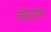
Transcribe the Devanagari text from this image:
लोरेनचा